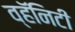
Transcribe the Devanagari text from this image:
व्हॅनिटी